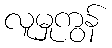
လူမှုကွန်